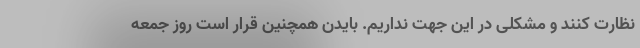
نظارت کنند و مشکلی در این جهت نداریم. بایدن همچنین قرار است روز جمعه